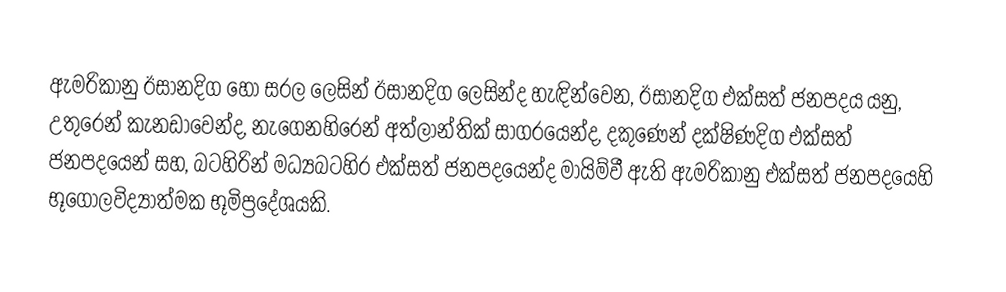
ඇමරිකානු ඊසානදිග හෝ සරල ලෙසින් ඊසානදිග ලෙසින්ද හැඳින්වෙන, ඊසානදිග එක්සත් ජනපදය යනු, උතුරෙන් කැනඩාවෙන්ද, නැගෙනහිරෙන් අත්ලාන්තික් සාගරයෙන්ද, දකුණෙන් දක්ෂිණදිග එක්සත් ජනපදයෙන් සහ, බටහිරින් මධ්‍යබටහිර එක්සත් ජනපදයෙන්ද මායිම්වී ඇති ඇමරිකානු එක්සත් ජනපදයෙහි  භූගෝලවිද්‍යාත්මක භූමිප්‍රදේශයකි.